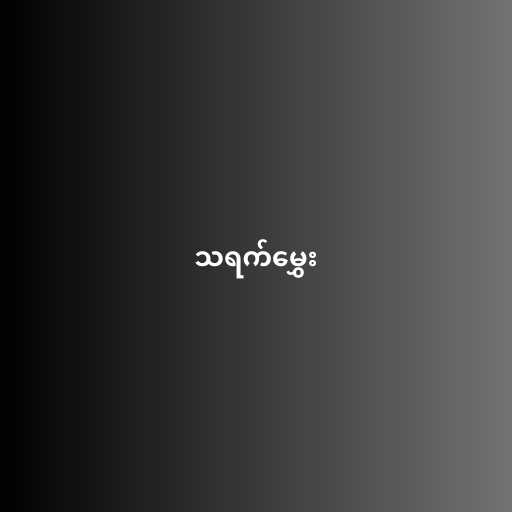
သရက်မွှေး